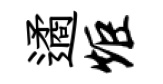
遹炬